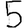
Digit: 5